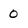
Character: 0